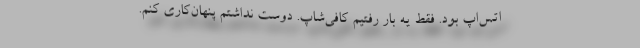
اتس‌اپ بود. فقط یه بار رفتیم کافی‌شاپ. دوست نداشتم پنهان‌کاری کنم.